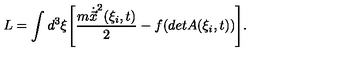
L = \int d ^ { 3 } \xi \Biggl [ \frac { m \dot { \vec { x } } ^ { 2 } ( \xi _ { i } , t ) } { 2 } - f ( d e t A ( \xi _ { i } , t ) ) \Biggr ] .